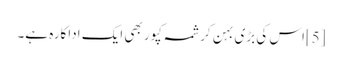
[5]اس کی بڑی بہن کرشمہ کپور بھی ایک اداکارہ ہے۔